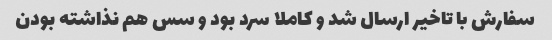
سفارش با تاخیر ارسال شد و کاملا سرد بود و سس هم نذاشته بودن